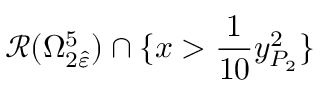
\mathcal { R } ( \Omega _ { 2 \hat { \varepsilon } } ^ { 5 } ) \cap \{ x > \frac { 1 } { 1 0 } { y _ { P _ { 2 } } ^ { 2 } } \}